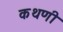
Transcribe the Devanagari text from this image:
कथणी